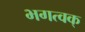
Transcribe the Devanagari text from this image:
भगत्वक्